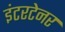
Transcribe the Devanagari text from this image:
इंटरटेनर